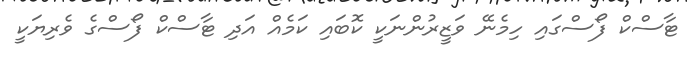
ޓާސްކް ފޯސްގައި ހިމެނޭ ވަޒީރުންނަކީ ކޮބައި ކަމެއް އަދި ޓާސްކް ފޯސްގެ ވެރިޔަކީ